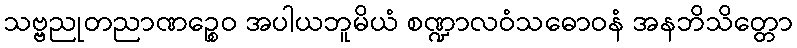
သဗ္ဗညုတညာဏဉ္စေဝ အပါယဘူမိယံ စဏ္ဍာလဝံသဓောဝနံ အနဘိသိတ္တော